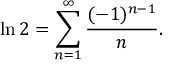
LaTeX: \ln 2 = \sum _ { n = 1 } ^ { \infty } { \frac { ( - 1 ) ^ { n - 1 } } { n } } .